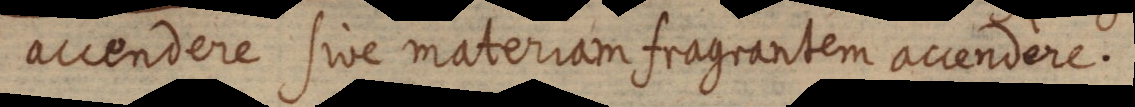
accendere sive materiam fragrantem accendere.